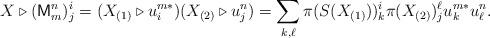
LaTeX: \begin{align*}X \triangleright (\mathsf{M}^n_m)^i_j = (X_{(1)} \triangleright u^{m*}_i) (X_{(2)} \triangleright u^n_j) = \sum_{k, \ell} \pi(S(X_{(1)}))^i_k \pi(X_{(2)})^\ell_j u^{m*}_k u^n_\ell.\end{align*}